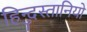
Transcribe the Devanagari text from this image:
हिन्दुस्तानियो